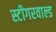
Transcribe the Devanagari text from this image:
स्टीगरवाल्ड